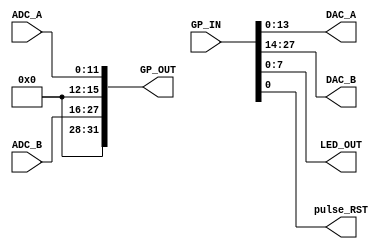
module GPIO_BOX
#(
	parameter GPIO_WIDTH = 32,
	parameter ADC_WIDTH = 12,
	parameter DAC_WIDTH = 14,
	parameter LED_VAL_WIDTH = 8
)
(
	input [GPIO_WIDTH - 1:0] GP_IN,
	input [ADC_WIDTH - 1:0] ADC_A,
	input [ADC_WIDTH - 1:0] ADC_B,
	output [GPIO_WIDTH - 1:0] GP_OUT,
	output [DAC_WIDTH - 1:0] DAC_A,
	output [DAC_WIDTH - 1:0] DAC_B,
	output [LED_VAL_WIDTH - 1:0] LED_OUT, 
	output pulse_RST
);

	assign GP_OUT = {4'b0000, ADC_B, 4'b0000, ADC_A};
	assign DAC_A = GP_IN[DAC_WIDTH - 1:0];
	assign DAC_B = GP_IN[DAC_WIDTH + DAC_WIDTH - 1: DAC_WIDTH];
	assign pulse_RST = GP_IN[0];
	assign LED_OUT = GP_IN[LED_VAL_WIDTH - 1:0];
endmodule